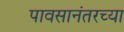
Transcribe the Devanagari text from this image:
पावसानंतरच्या